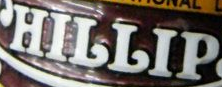
HILLIP